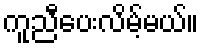
ကူညီပေးလိမ့်မယ်။